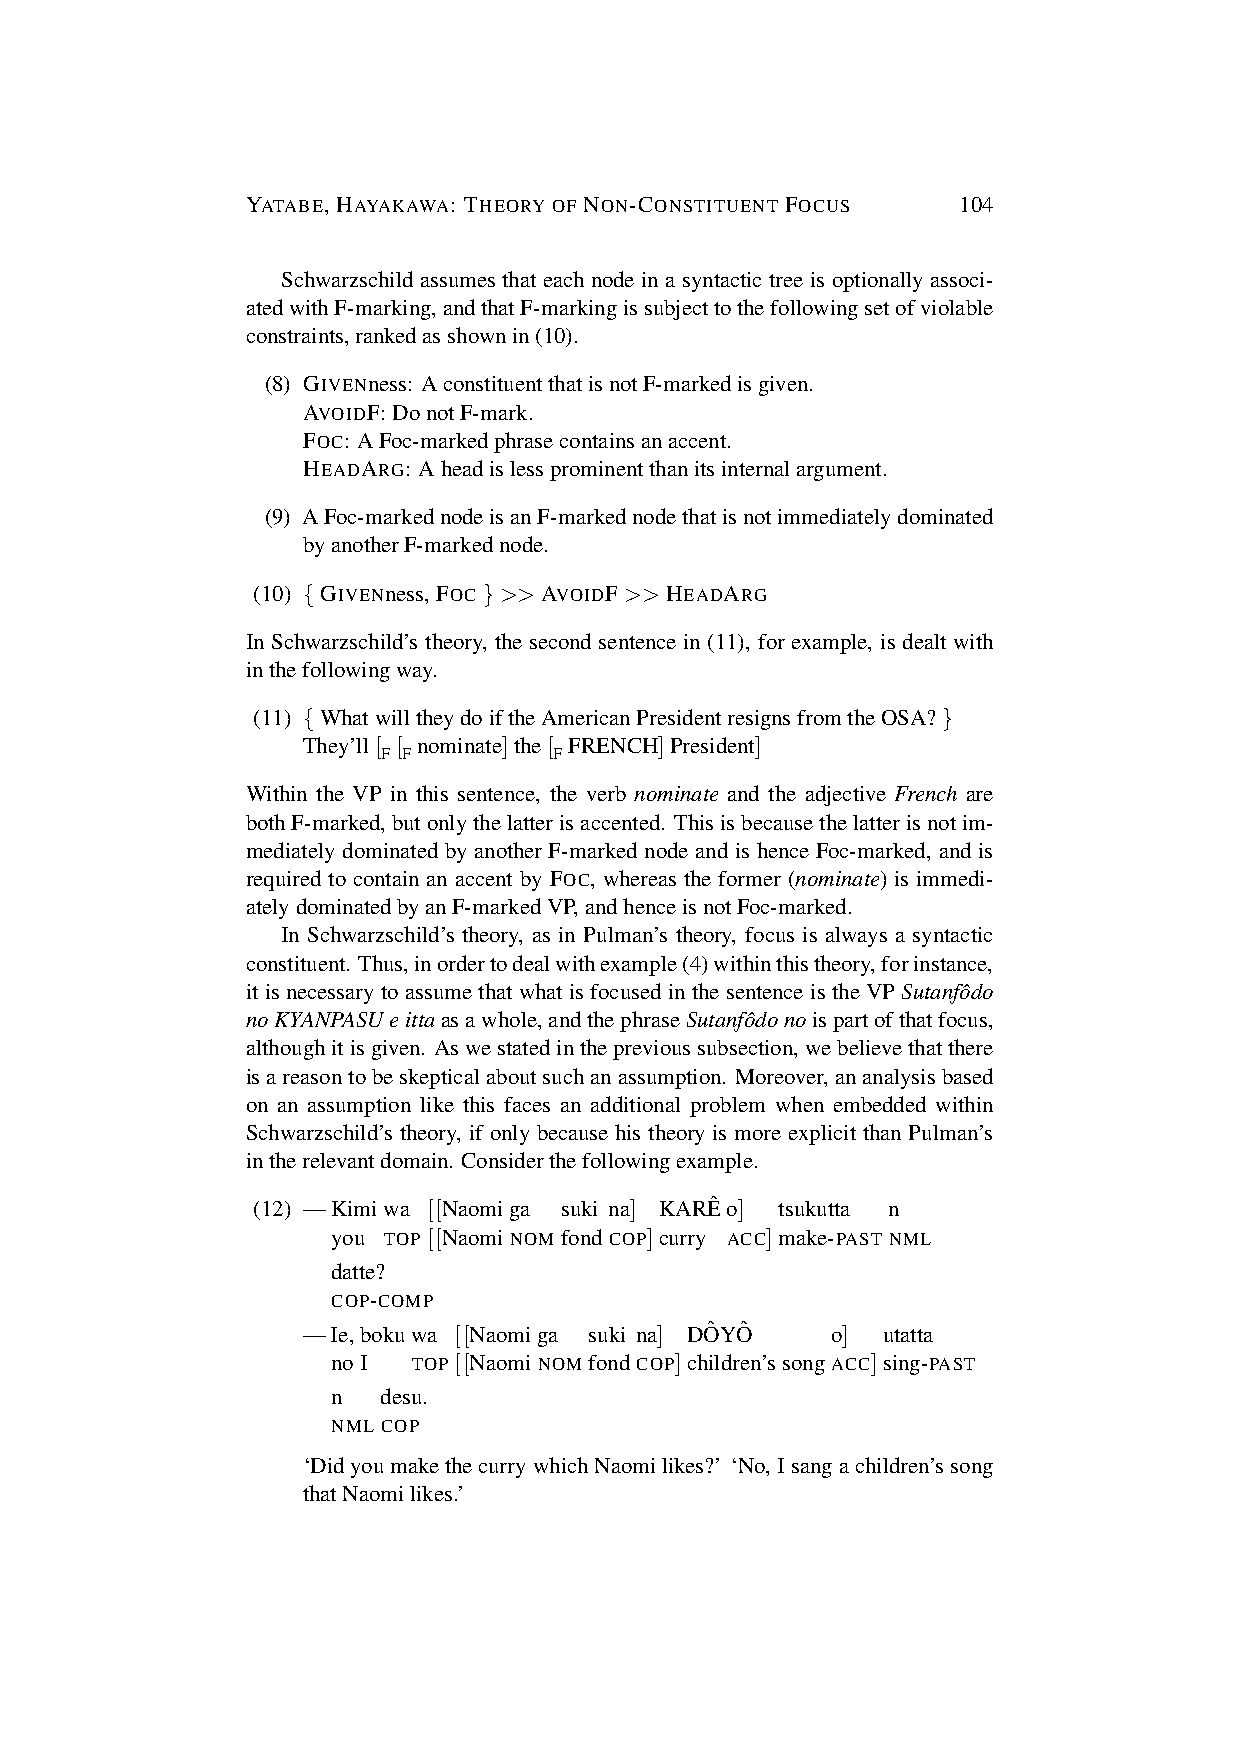
YATABE, HAYAKAWA: THEORY OF NON-CONSTITUENT FOCUS 104
 Schwarzschild assumes that each node in a syntactic tree is optionally associ-
 atedwithF-marking,andthatF-markingissubjecttothefollowingsetofviolable
 constraints,rankedasshownin(10).
 (8) GIVENness: AconstituentthatisnotF-markedisgiven.
 AVOIDF:DonotF-mark.
 FOC: AFoc-markedphrasecontainsanaccent.
 HEADARG: Aheadislessprominentthanitsinternalargument.
 (9) AFoc-markednodeisanF-markednodethatisnotimmediatelydominated
 byanotherF-markednode.
 (10) {GIVENness, FOC}>>AVOIDF>>HEADARG
 In Schwarzschild’s theory, the second sentence in (11), for example, is dealt with
 inthefollowingway.
 (11) {WhatwilltheydoiftheAmericanPresidentresignsfromtheOSA?}
 They’ll[ [ nominate]the[ FRENCH]President]
 F F         F
 Within the VP in this sentence, the verb nominate and the adjective French are
 bothF-marked,butonlythelatterisaccented. Thisisbecausethelatterisnotim-
 mediately dominated by another F-marked node and is hence Foc-marked, and is
 required to contain an accent by FOC, whereas the former (nominate) is immedi-
 atelydominatedbyanF-markedVP,andhenceisnotFoc-marked.
 In Schwarzschild’s theory, as in Pulman’s theory, focus is always a syntactic
 constituent. Thus,inordertodealwithexample(4)withinthistheory,forinstance,
 it is necessary to assume that what is focused in the sentence is the VPSutanfoˆdo
 noKYANPASUeittaasawhole,andthephraseSutanfoˆdonoispartofthatfocus,
 althoughitisgiven. Aswestatedintheprevioussubsection,webelievethatthere
 isareasontobeskepticalaboutsuchanassumption. Moreover,ananalysisbased
 on an assumption like this faces an additional problem when embedded within
 Schwarzschild’s theory, if only because his theory is more explicit than Pulman’s
 intherelevantdomain. Considerthefollowingexample.
 (12) —Kimiwa [[Naomiga suki na] KAREˆ o] tsukutta n
 you TOP[[NaomiNOM fond COP]curry ACC]make-PAST NML
 datte?
 COP-COMP
 —Ie,bokuwa [[Naomiga suki na] DOˆYOˆ o] utatta
 no I TOP[[NaomiNOM fond COP]children’ssongACC]sing-PAST
 n  desu.
 NML COP
 ‘DidyoumakethecurrywhichNaomilikes?’ ‘No,Isangachildren’ssong
 thatNaomilikes.’